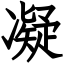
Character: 凝